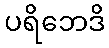
ပရိဘေဒိ